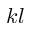
k l